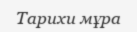
Тарихи мұра